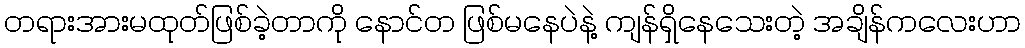
တရားအားမထုတ်ဖြစ်ခဲ့တာကို နောင်တ ဖြစ်မနေပဲနဲ့ ကျန်ရှိနေသေးတဲ့ အချိန်ကလေးဟာ